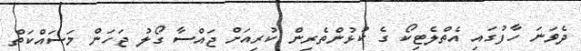
ދެވަނަ ހާފުގައި އެތްލެޓިކޯ ގެ ކުޅުންތެރިން ކުރިއަށް ޖައްސާ ގޯލު ޖަހަން މަސައްކަތް